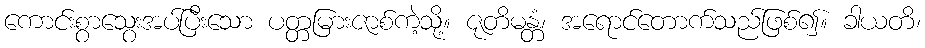
ကောင်းစွာသွေးအပ်ပြီးသော ပတ္တမြားဇာစ်ကဲ့သို့။ ဇုတိမန္တံ၊ အရောင်တောက်သည်ဖြစ်၍။ ခါယတိ၊